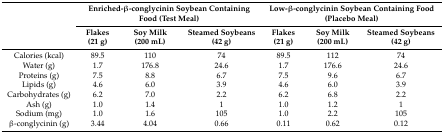
<table><thead><tr><td rowspan="2"></td><td colspan="3"><b>Enriched-β-conglycinin Soybean Containing Food (Test Meal)</b></td><td colspan="3"><b>Low-β-conglycinin Soybean Containing Food (Placebo Meal)</b></td></tr><tr><td><b>Flakes (21 g)</b></td><td><b>Soy Milk (200 mL)</b></td><td><b>Steamed Soybeans (42 g)</b></td><td><b>Flakes (21 g)</b></td><td><b>Soy Milk (200 mL)</b></td><td><b>Steamed Soybeans (42 g)</b></td></tr></thead><tbody><tr><td>Calories (kcal)</td><td>89.5</td><td>110</td><td>74</td><td>89.5</td><td>112</td><td>74</td></tr><tr><td>Water (g)</td><td>1.7</td><td>176.8</td><td>24.6</td><td>1.7</td><td>176.6</td><td>24.6</td></tr><tr><td>Proteins (g)</td><td>7.5</td><td>8.8</td><td>6.7</td><td>7.5</td><td>9.6</td><td>6.7</td></tr><tr><td>Lipids (g)</td><td>4.6</td><td>6.0</td><td>3.9</td><td>4.6</td><td>6.0</td><td>3.9</td></tr><tr><td>Carbohydrates (g)</td><td>6.2</td><td>7.0</td><td>2.2</td><td>6.2</td><td>6.8</td><td>2.2</td></tr><tr><td>Ash (g)</td><td>1.0</td><td>1.4</td><td>1</td><td>1.0</td><td>1.2</td><td>1</td></tr><tr><td>Sodium (mg)</td><td>1.0</td><td>1.6</td><td>105</td><td>1.0</td><td>2.2</td><td>105</td></tr><tr><td>β-conglycinin (g)</td><td>3.44</td><td>4.04</td><td>0.66</td><td>0.11</td><td>0.62</td><td>0.12</td></tr></tbody></table>